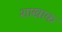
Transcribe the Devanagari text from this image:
शाखाक